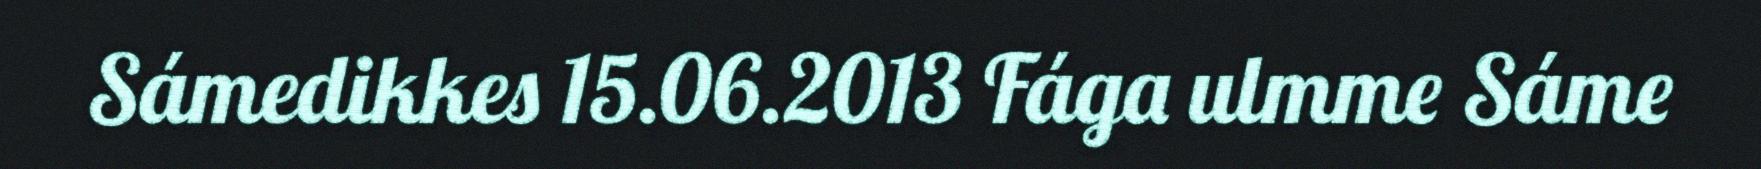
Sámedikkes 15.06.2013 Fága ulmme Sáme